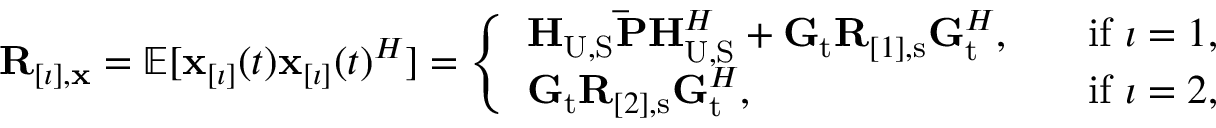
\begin{array} { r } { \mathbf { R } _ { [ \imath ] , \mathbf { x } } = \mathbb { E } [ \mathbf { x } _ { [ \imath ] } ( t ) \mathbf { x } _ { [ \imath ] } ( t ) ^ { H } ] = \left\{ \begin{array} { l l } { \mathbf { H } _ { \mathrm { U } , \mathrm { S } } \mathbf { \bar { P } } \mathbf { H } _ { \mathrm { U } , \mathrm { S } } ^ { H } + \mathbf { G } _ { \mathrm { t } } \mathbf { R } _ { [ 1 ] , \mathrm { s } } \mathbf { G } _ { \mathrm { t } } ^ { H } , \quad } & { \mathrm { i f } \ \imath = 1 , } \\ { \mathbf { G } _ { \mathrm { t } } \mathbf { R } _ { [ 2 ] , \mathrm { s } } \mathbf { G } _ { \mathrm { t } } ^ { H } , \quad } & { \mathrm { i f } \ \imath = 2 , } \end{array} \right. } \end{array}